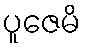
ပူဇေမိ